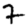
Digit: 7